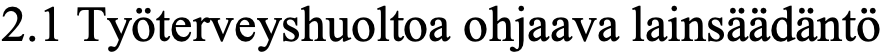
2.1 Työterveyshuoltoa ohjaava lainsäädäntö